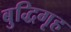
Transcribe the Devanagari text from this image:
बुद्धिगृह